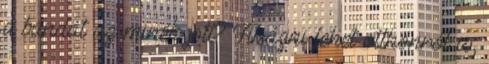
a bandát az minek jött? Fikázni lehet otthonról is,